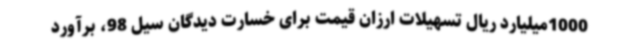
1000میلیارد ریال تسهیلات ارزان قیمت برای خسارت دیدگان سیل 98، برآورد